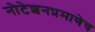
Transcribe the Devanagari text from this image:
नोटेशनप्रमाणेच